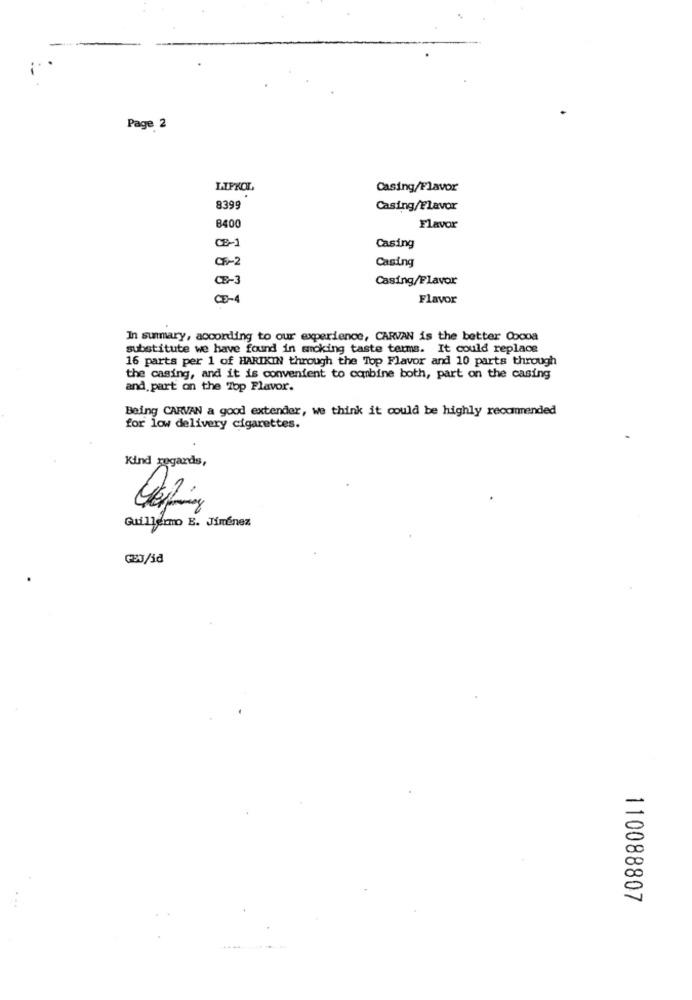
Page 2
LIPKOL
Casing/Flavor
8399
Casing/Flavor
8400
Flavor
CE-1
Casing
CE-2
Casing
CE-3
Casing/Flavor
Flavor
In summary, according to our experience, CARVAN is the better Cocoa
substitute we have found in smoking taste terms. It could replace
16 parts per 1 of HARIKIN through the Top Flavor and 10 parts through
the casing, and it is convenient to combine both, part on the casing
and part on the Top Flavor.
Being CARVAN a good extender, we think it could be highly recommended
for low delivery cigarettes.
Kind regards,
Guillermo E. Jiménez
110088807